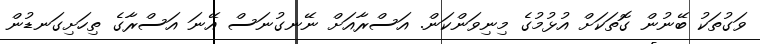
ވަގުތަކު ބޭނުން ގޮތަކަށް އުޅުމުގެ މިނިވަންކަން. އަސްރާއަށް ނޭނގުނަސް އޭނަ އަސްރާގެ ތިހަށިގަނޑުން